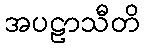
အပဠာသီတိ